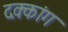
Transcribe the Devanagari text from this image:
दक्कांग